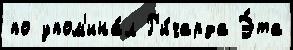
по упом'ина́л Р'и́чарда Э́та